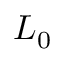
L _ { 0 }